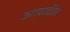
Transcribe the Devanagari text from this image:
आबादीत